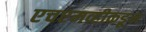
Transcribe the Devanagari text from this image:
एचएमव्हीकडून